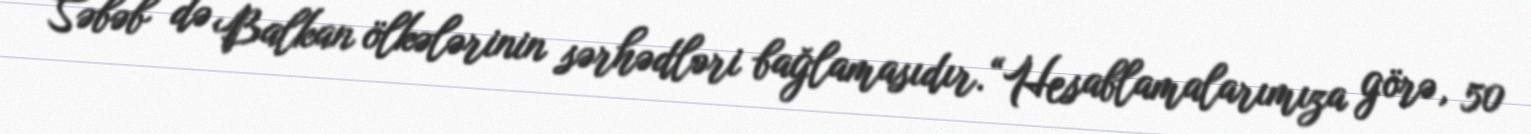
Səbəb də Balkan ölkələrinin sərhədləri bağlamasıdır.“Hesablamalarımıza görə, 50